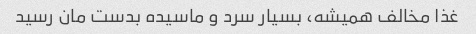
غذا مخالف همیشه، بسیار سرد و ماسیده بدست مان رسید